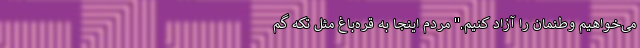
می‌خواهیم وطنمان را آزاد کنیم." مردم اینجا به قره‌باغ مثل تکه گم‌